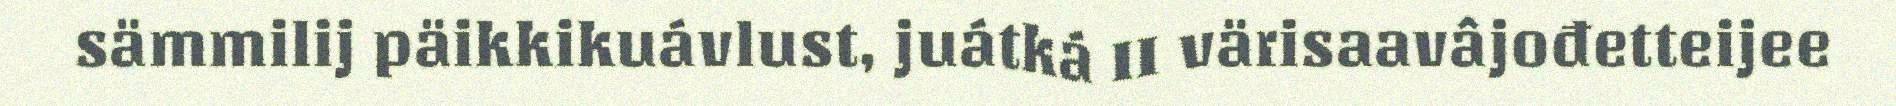
sämmilij päikkikuávlust, juátká II värisaavâjođetteijee